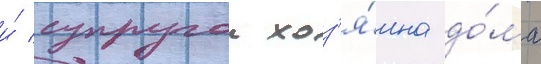
и́ супругои хоз'я́ина до́ма